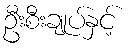
ဦးစီးချုပ်နှင့်